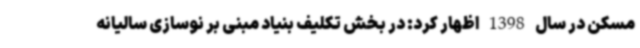
مسکن در سال 1398 اظهار کرد: در بخش تکلیف بنیاد مبنی بر نوسازی سالیانه